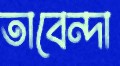
তাবেন্দা